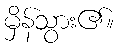
မှိန်သွား၏။